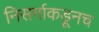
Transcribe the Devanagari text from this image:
निसर्गाकडूनच